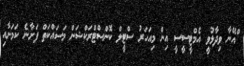
ްއޭނާ ވިދާޅުވީ އެމްޓީސީސީ އިން މިއަހަރު ސްޓީލް ކޮންސްޓްރަކްޝަން މަސައްކަތް ފަށާނެ ކަމަށާއި